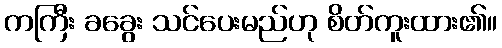
ကကြီး ခခွေး သင်ပေးမည်ဟု စိတ်ကူးထား၏။